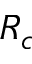
R _ { c }